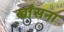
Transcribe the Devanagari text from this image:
खाँसना